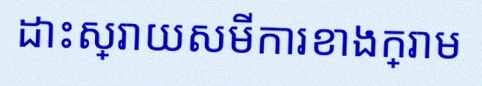
ដោះស្រាយសមីការខាងក្រោម